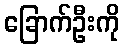
ခြောက်ဦးကို